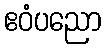
ဧဝံပညော